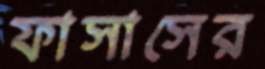
ফাসাসের